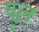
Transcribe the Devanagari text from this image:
प्रूल